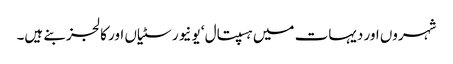
شہروں اور دیہات میں ہسپتال ‘ یونیورسٹیاں اور کالجز بنے ہیں۔